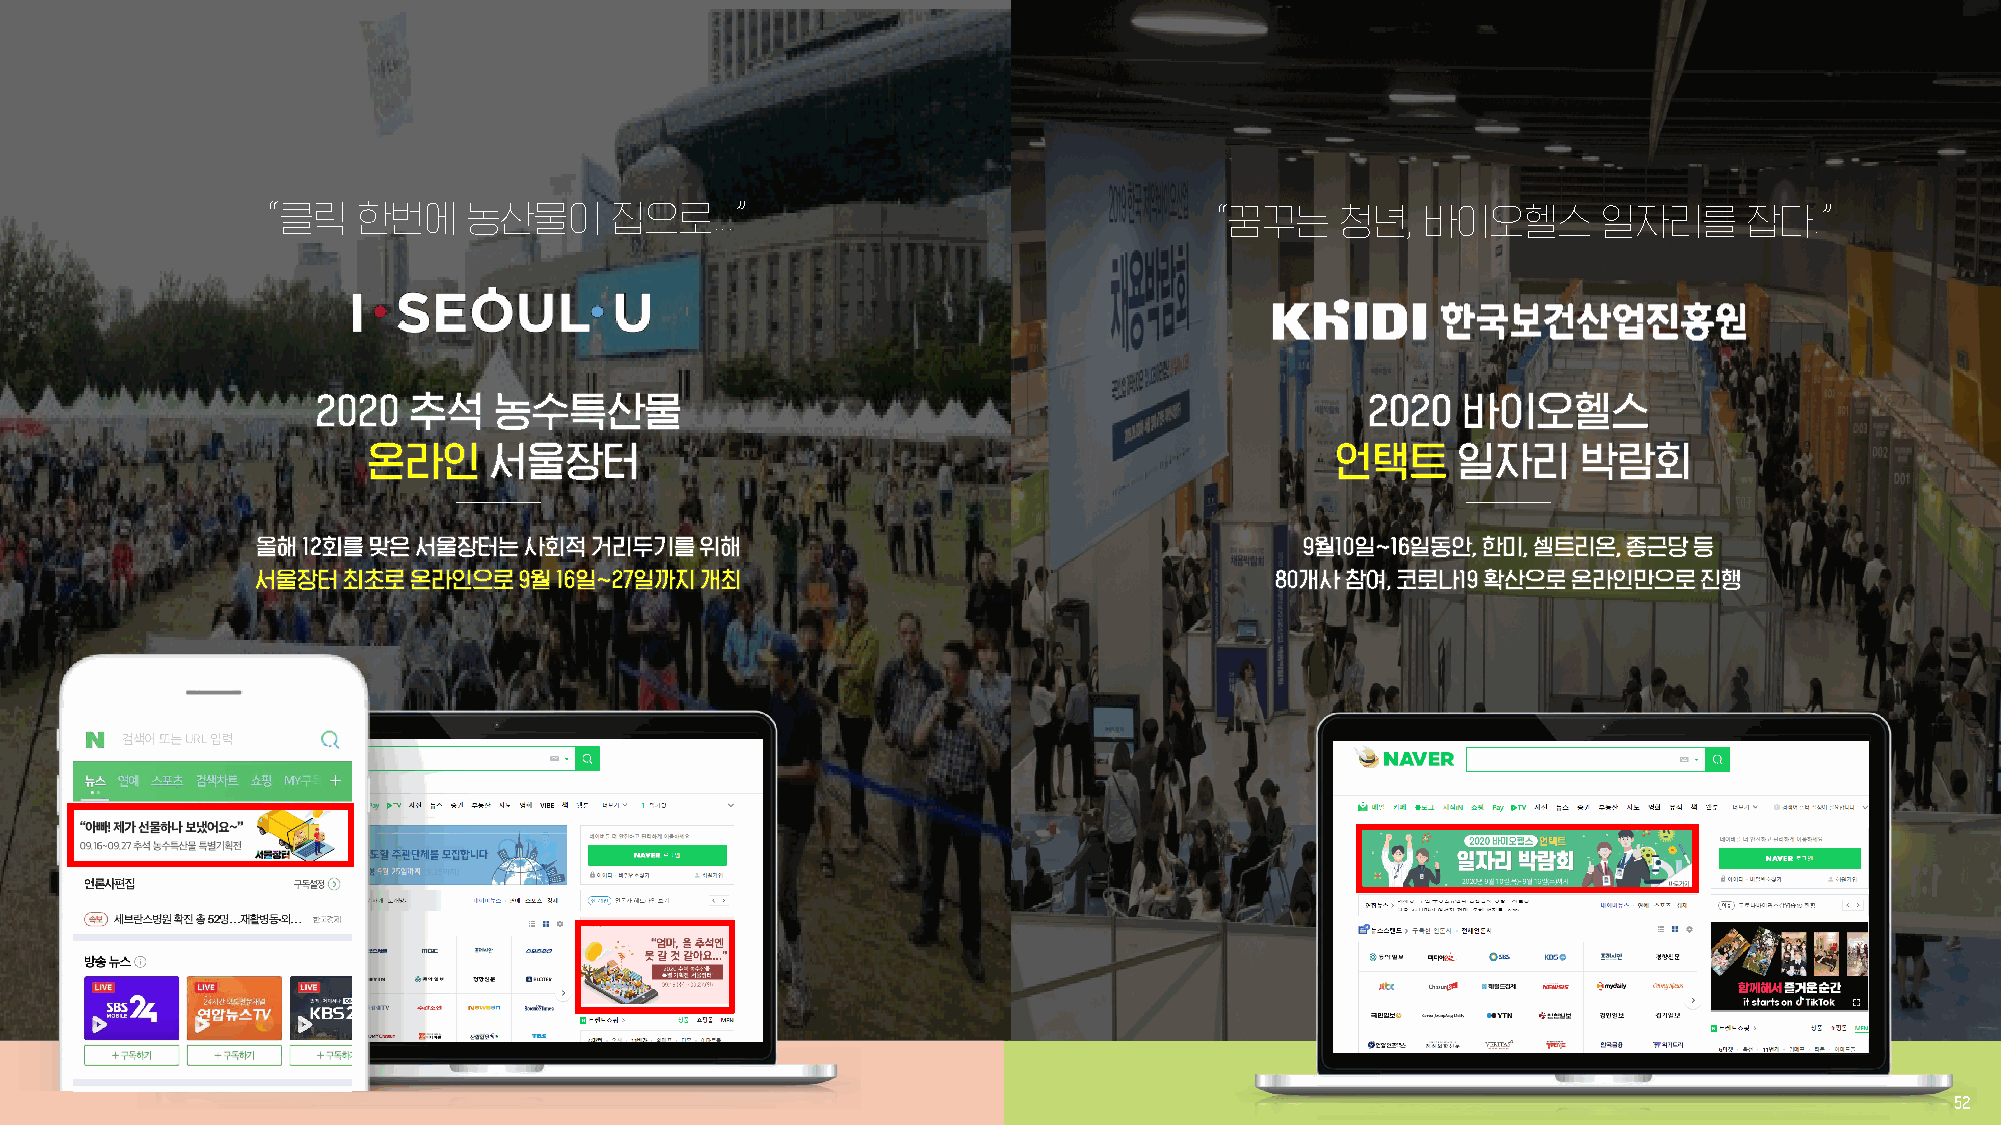
“클릭    한번에    농산물이     집으로...”                                 “꿈꾸는     청년,  바이오헬스       일자리를      잡다.”
 52